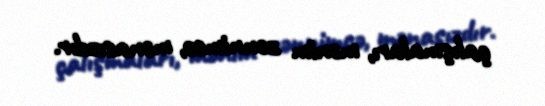
çalışmaları, mənim zənnimcə, mənasızdır.